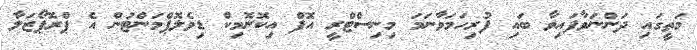
މަތީގައި ދަންނަވާފައިވާ ބައި ފުރިހަމަވާނަމަ މިނިސްޓްރީ އޮފް އިކޮނޮމިކް ޑިވެލޮޕްމަންޓުން އެ ޕްރޮޕޯޒަލާ